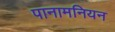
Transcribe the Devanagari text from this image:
पानामनियन